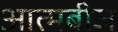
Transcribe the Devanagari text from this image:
आत्मबीज